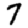
Digit: 7